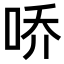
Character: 𪡀